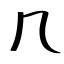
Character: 几